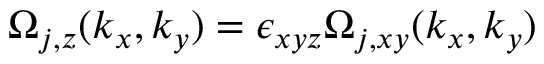
\Omega _ { j , z } ( k _ { x } , k _ { y } ) = \epsilon _ { x y z } \Omega _ { j , x y } ( k _ { x } , k _ { y } )